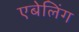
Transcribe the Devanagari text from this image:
एबेलिंग